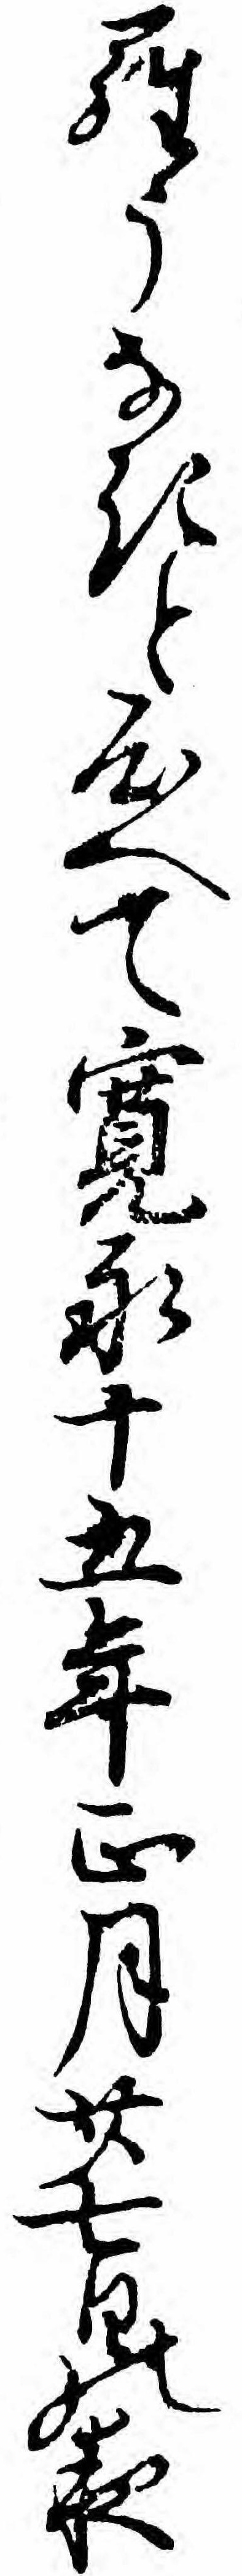
らうなきと心へて寛永十五年正月廿七日の夜